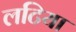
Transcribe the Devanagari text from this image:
लटिया